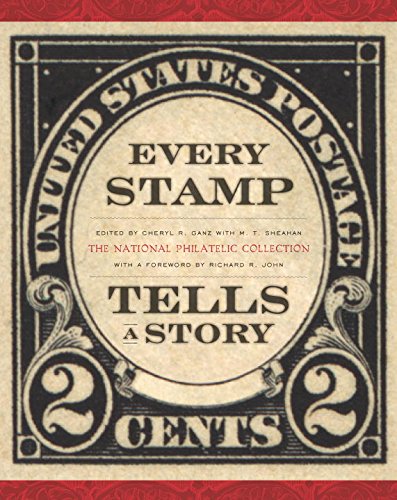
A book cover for Every Stamp Tells a Story: The National Philatelic Collection (Smithsonian Contribution to Knowledge); Crafts, Hobbies & Home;